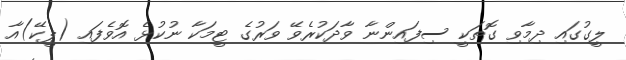
ލީގުގައި ދިމާވި ގޮތަކީ ސިފައިންނާ ވާދަކުރެވޭ ވަރުގެ ޓީމަކާ ނުކުޅެ އޮވެފައި (ޕީކޭ)އާ